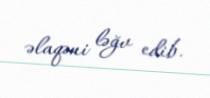
əlaqəni ləğv edib.